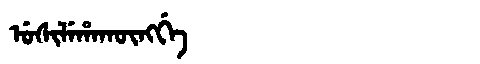
Manchu: ᡠᠰᡳᠯᡝᡥᠠᡴᡡᠩᡤᡝ
Romanization: USILEHAKŪNGGE